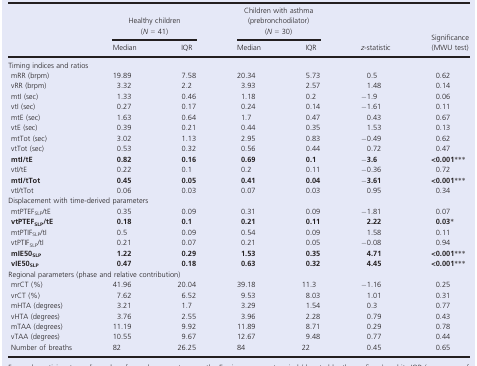
<table><thead><tr><td rowspan="2"></td><td colspan="2"><b>Healthy children (<i>N </i>=<i> </i>41)</b></td><td colspan="2"><b>Children with asthma (prebronchodilator) (<i>N </i>=<i> </i>30)</b></td><td rowspan="2"><b><i>z</i>‐statistic</b></td><td rowspan="2"><b>Significance (MWU test)</b></td></tr><tr><td><b>Median</b></td><td><b>IQR</b></td><td><b>Median</b></td><td><b>IQR</b></td></tr></thead><tbody><tr><td colspan="7">Timing indices and ratios</td></tr><tr><td> mRR (brpm)</td><td>19.89</td><td>7.58</td><td>20.34</td><td>5.73</td><td>0.5</td><td>0.62</td></tr><tr><td> vRR (brpm)</td><td>3.32</td><td>2.2</td><td>3.93</td><td>2.57</td><td>1.48</td><td>0.14</td></tr><tr><td> mtI (sec)</td><td>1.33</td><td>0.46</td><td>1.18</td><td>0.2</td><td>−1.9</td><td>0.06</td></tr><tr><td> vtI (sec)</td><td>0.27</td><td>0.17</td><td>0.24</td><td>0.14</td><td>−1.61</td><td>0.11</td></tr><tr><td> mtE (sec)</td><td>1.63</td><td>0.64</td><td>1.7</td><td>0.47</td><td>0.43</td><td>0.67</td></tr><tr><td> vtE (sec)</td><td>0.39</td><td>0.21</td><td>0.44</td><td>0.35</td><td>1.53</td><td>0.13</td></tr><tr><td> mtTot (sec)</td><td>3.02</td><td>1.13</td><td>2.95</td><td>0.83</td><td>−0.49</td><td>0.62</td></tr><tr><td> vtTot (sec)</td><td>0.53</td><td>0.32</td><td>0.56</td><td>0.44</td><td>0.72</td><td>0.47</td></tr><tr><td> <b>mtI/tE</b></td><td><b>0.82</b></td><td><b>0.16</b></td><td><b>0.69</b></td><td><b>0.1</b></td><td>−<b>3.6</b></td><td><b>&lt;0.001</b>b</td></tr><tr><td> vtI/tE</td><td>0.22</td><td>0.1</td><td>0.2</td><td>0.11</td><td>−0.36</td><td>0.72</td></tr><tr><td> <b>mtI/tTot</b></td><td><b>0.45</b></td><td><b>0.05</b></td><td><b>0.41</b></td><td><b>0.04</b></td><td>−<b>3.61</b></td><td><b>&lt;0.001</b>b</td></tr><tr><td> vtI/tTot</td><td>0.06</td><td>0.03</td><td>0.07</td><td>0.03</td><td>0.95</td><td>0.34</td></tr><tr><td colspan="7">Displacement with time‐derived parameters</td></tr><tr><td> mtPTEF<sub>SLP</sub>/tE</td><td>0.35</td><td>0.09</td><td>0.31</td><td>0.09</td><td>−1.81</td><td>0.07</td></tr><tr><td> <b>vtPTEF</b><sub><b>SLP</b></sub><b>/tE</b></td><td><b>0.18</b></td><td><b>0.1</b></td><td><b>0.21</b></td><td><b>0.11</b></td><td><b>2.22</b></td><td><b>0.03</b>a</td></tr><tr><td> mtPTIF<sub>SLP</sub>/tI</td><td>0.5</td><td>0.09</td><td>0.54</td><td>0.09</td><td>1.58</td><td>0.11</td></tr><tr><td> vtPTIF<sub>SLP</sub>/tI</td><td>0.21</td><td>0.07</td><td>0.21</td><td>0.05</td><td>−0.08</td><td>0.94</td></tr><tr><td> <b>mIE50</b><sub><b>SLP</b></sub></td><td><b>1.22</b></td><td><b>0.29</b></td><td><b>1.53</b></td><td><b>0.35</b></td><td><b>4.71</b></td><td><b>&lt;0.001</b>b</td></tr><tr><td> <b>vIE50</b><sub><b>SLP</b></sub></td><td><b>0.47</b></td><td><b>0.18</b></td><td><b>0.63</b></td><td><b>0.32</b></td><td><b>4.45</b></td><td><b>&lt;0.001</b>b</td></tr><tr><td colspan="7">Regional parameters (phase and relative contribution)</td></tr><tr><td> mrCT (%)</td><td>41.96</td><td>20.04</td><td>39.18</td><td>11.3</td><td>−1.16</td><td>0.25</td></tr><tr><td> vrCT (%)</td><td>7.62</td><td>6.52</td><td>9.53</td><td>8.03</td><td>1.01</td><td>0.31</td></tr><tr><td> mHTA (degrees)</td><td>3.21</td><td>1.7</td><td>3.29</td><td>1.54</td><td>0.3</td><td>0.77</td></tr><tr><td> vHTA (degrees)</td><td>3.76</td><td>2.55</td><td>3.96</td><td>2.28</td><td>0.79</td><td>0.43</td></tr><tr><td> mTAA (degrees)</td><td>11.19</td><td>9.92</td><td>11.89</td><td>8.71</td><td>0.29</td><td>0.78</td></tr><tr><td> vTAA (degrees)</td><td>10.55</td><td>9.67</td><td>12.67</td><td>9.48</td><td>0.77</td><td>0.44</td></tr><tr><td> Number of breaths</td><td>82</td><td>26.25</td><td>84</td><td>22</td><td>0.45</td><td>0.65</td></tr></tbody></table>